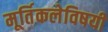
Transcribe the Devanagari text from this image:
मूर्तिकलेविषयी